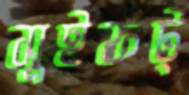
সুইফট্